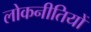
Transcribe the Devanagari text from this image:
लोकनीतियों